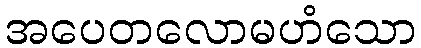
အပေတလောမဟံသော